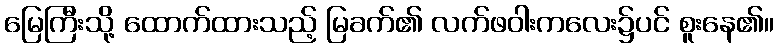
မြေကြီးသို့ ထောက်ထားသည့် မြခက်၏ လက်ဖဝါးကလေး၌ပင် စူးနေ၏။